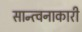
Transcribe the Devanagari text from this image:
सान्त्वनाकारी